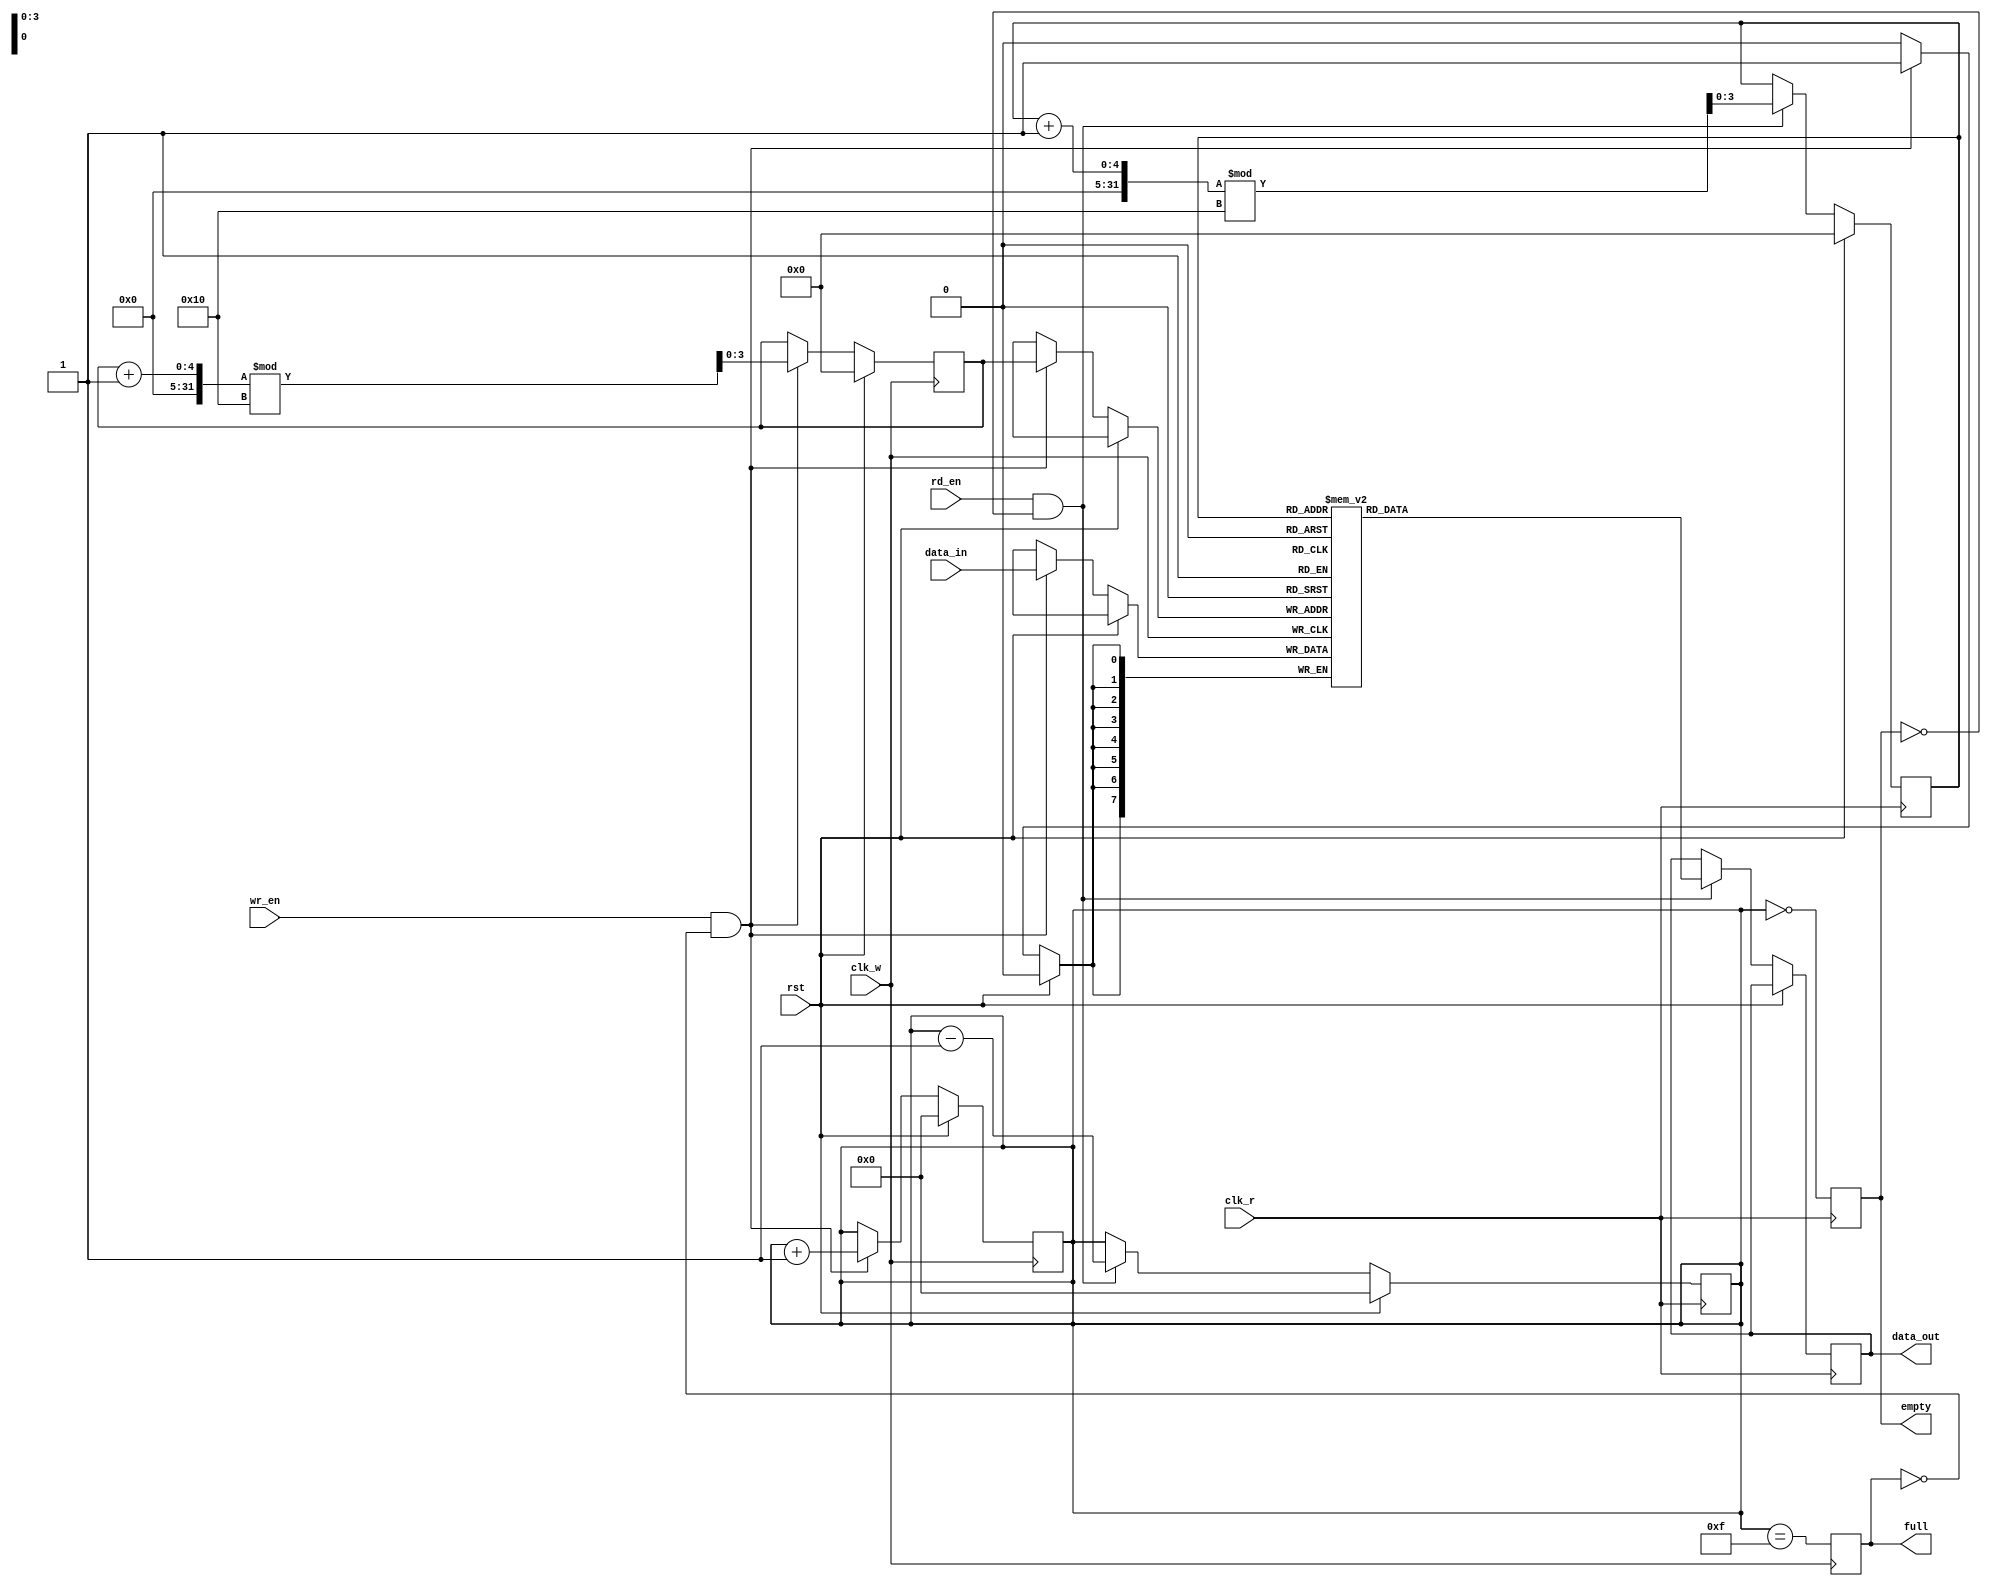
module dual_clock_fifo #(
    parameter DATA_WIDTH = 8,  // Width of data
    parameter DEPTH = 16        // Depth of FIFO (must be a power of 2)
)(
    input wire clk_w,           // Write clock
    input wire clk_r,           // Read clock
    input wire rst,             // Synchronous reset
    input wire wr_en,           // Write enable
    input wire rd_en,           // Read enable
    input wire [DATA_WIDTH-1:0] data_in,  // Data input
    output reg [DATA_WIDTH-1:0] data_out,  // Data output
    output reg full,            // Full flag
    output reg empty            // Empty flag
);

    // Memory storage
    reg [DATA_WIDTH-1:0] fifo_mem [0:DEPTH-1];

    // Write and read pointers
    reg [clog2(DEPTH)-1:0] wp, rp;
    reg [clog2(DEPTH+1)-1:0] count; // Count of entries in FIFO

    // Function to calculate log2
    function integer clog2;
        input integer value;
        begin
            value = value - 1;
            for (clog2 = 0; value > 0; clog2 = clog2 + 1)
                value = value >> 1;
        end
    endfunction

    // Write operation
    always @(posedge clk_w) begin
        if (rst) begin
            wp <= 0;
            count <= 0;
            full <= 0;
        end else if (wr_en && !full) begin
            fifo_mem[wp] <= data_in;
            wp <= (wp + 1) % DEPTH;
            count <= count + 1;
        end
        // Update full flag
        full <= (count == DEPTH - 1);
    end

    // Read operation
    always @(posedge clk_r) begin
        if (rst) begin
            rp <= 0;
            count <= 0;
            empty <= 1;
        end else if (rd_en && !empty) begin
            data_out <= fifo_mem[rp];
            rp <= (rp + 1) % DEPTH;
            count <= count - 1;
        end
        // Update empty flag
        empty <= (count == 0);
    end

    // Synchronization for pointers
    reg [clog2(DEPTH)-1:0] rp_sync;
    reg [clog2(DEPTH)-1:0] wp_sync;

    // Synchronize read pointer to write clock domain
    always @(posedge clk_w) begin
        rp_sync <= rp;
    end

    // Synchronize write pointer to read clock domain
    always @(posedge clk_r) begin
        wp_sync <= wp;
    end

    // Overflow and underflow detection
    always @(posedge clk_w or posedge clk_r) begin
        if (rst) begin
            // Reset conditions
        end else begin
            // Check for overflow
            if (wr_en && full) begin
                // Handle overflow condition
            end
            // Check for underflow
            if (rd_en && empty) begin
                // Handle underflow condition
            end
        end
    end

endmodule